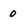
Character: 0